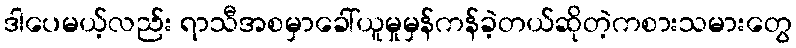
ဒါပေမယ့်လည်း ရာသီအစမှာခေါ်ယူမှုမှန်ကန်ခဲ့တယ်ဆိုတဲ့ကစားသမားတွေ